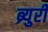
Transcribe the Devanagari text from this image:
ब्र्युरी